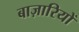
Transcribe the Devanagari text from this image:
बाज़ारियों